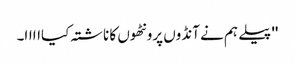
'' پیلے ہم نے آنڈوں پرونٹھوں کا ناشتہ کیااااا۔